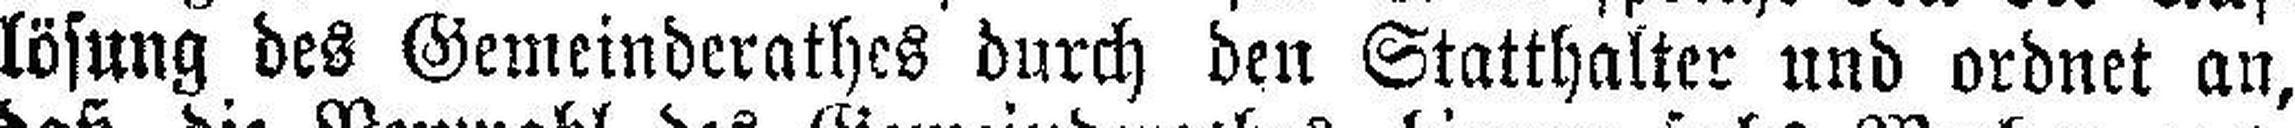
lösung des Gemeinderathes durch den Statthalter und ordnet an,